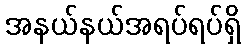
အနယ်နယ်အရပ်ရပ်ရှိ